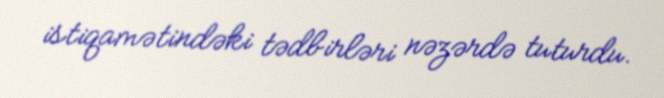
istiqamətindəki tədbirləri nəzərdə tuturdu.